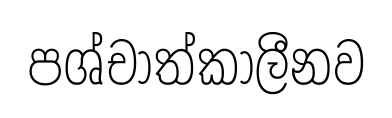
පශ්චාත්කාලීනව